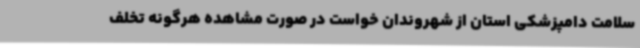
سلامت دامپزشکی استان از شهروندان خواست در صورت مشاهده هرگونه تخلف